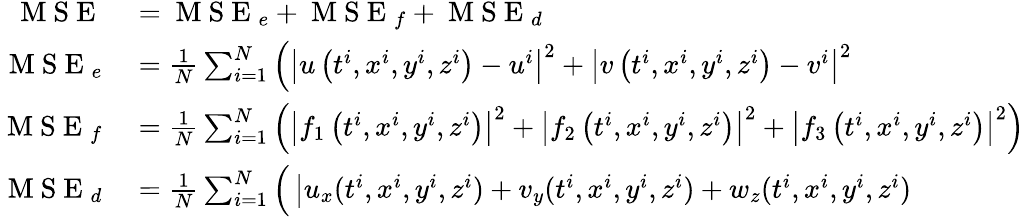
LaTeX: \begin{array}{rl}{\mathrm{~M~S~E~}}&{{}=\mathrm{~M~S~E~}_{e}+\mathrm{~M~S~E~}_{f}+\mathrm{~M~S~E~}_{d}}\\ {\mathrm{~M~S~E~}_{e}}&{{}=\frac{1}{N}\sum_{i=1}^{N}\left(\left|u\left(t^{i},x^{i},y^{i},z^{i}\right)-u^{i}\right|^{2}+\left|v\left(t^{i},x^{i},y^{i},z^{i}\right)-v^{i}\right|^{2}\right.}\\ {\mathrm{~M~S~E~}_{f}}&{{}=\frac{1}{N}\sum_{i=1}^{N}\left(\left|f_{1}\left(t^{i},x^{i},y^{i},z^{i}\right)\right|^{2}+\left|f_{2}\left(t^{i},x^{i},y^{i},z^{i}\right)\right|^{2}+\left|f_{3}\left(t^{i},x^{i},y^{i},z^{i}\right)\right|^{2}\right)}\\ {\mathrm{~M~S~E~}_{d}}&{{}=\frac{1}{N}\sum_{i=1}^{N}\Big(\left|u_{x}(t^{i},x^{i},y^{i},z^{i})+v_{y}(t^{i},x^{i},y^{i},z^{i})+w_{z}(t^{i},x^{i},y^{i},z^{i})\right.\Big.}\end{array}